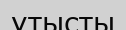
ұтысты